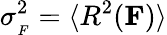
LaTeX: \sigma_{{}_{F}}^{2}=\langle R^{2}({\mathbf F})\rangle